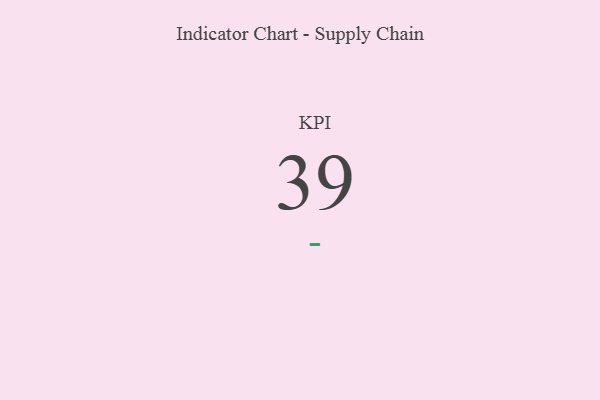
{"axis": {"x": "KPI", "y": "Value"}, "legend": [""], "data": [{"x": "KPI", "y": 39, "type": ""}]}